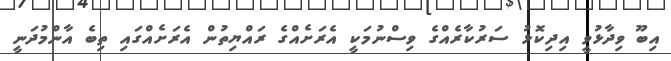
އިބޫ ވިދާޅުވީ އިދިކޮޅު ސަރުކާރެއްގެ ވިސްނުމަކީ އެރަށެއްގެ ރައްޔިތުން އެރަށެއްގައި ތިބެ އާންމުދަނީ